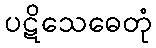
ပဋိသေဓေတုံ